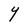
Character: Y